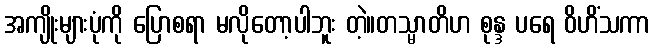
အကျိုးများပုံကို ပြောစရာ မလိုတော့ပါဘူး တဲ့။တသ္မာတိဟ စုန္ဒ ပရေ ဝိဟိံသကာ